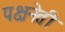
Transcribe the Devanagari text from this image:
पक्षनेती